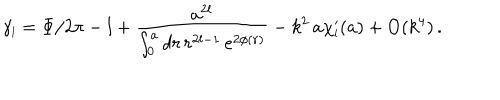
\gamma _ { \scriptscriptstyle { l } } = \Phi / 2 \pi - l + \frac { a ^ { 2 l } } { \int _ { 0 } ^ { a } d r \, r ^ { 2 l - 1 } \, e ^ { 2 \phi ( r ) } } - k ^ { 2 } \, a \chi _ { \scriptscriptstyle { l } } ^ { \prime } ( a ) + \mathrm { O } ( k ^ { 4 } ) \, .